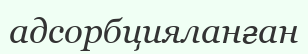
адсорбцияланған